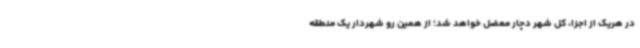
در هریک از اجزا، کل شهر دچار معضل خواهد شد؛ از همین رو شهردار یک منطقه